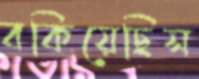
বকিয়েছিস